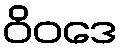
ဝိဝဒေ